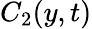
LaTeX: C_{2}(y,t)